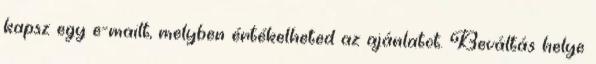
kapsz egy e-mailt, melyben értékelheted az ajánlatot. Beváltás helye